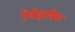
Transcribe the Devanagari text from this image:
ऐतिहासिक